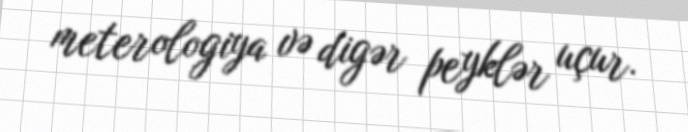
meterologiya və digər peyklər uçur.